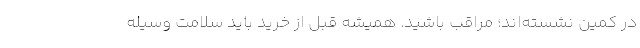
در کمین نشسته‌اند؛ مراقب باشید. همیشه قبل از خرید باید سلامت وسیله